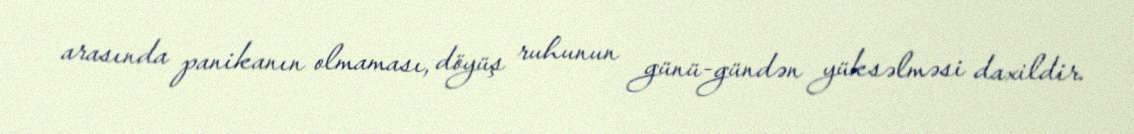
arasında panikanın olmaması, döyüş ruhunun günü-gündən yüksəlməsi daxildir.